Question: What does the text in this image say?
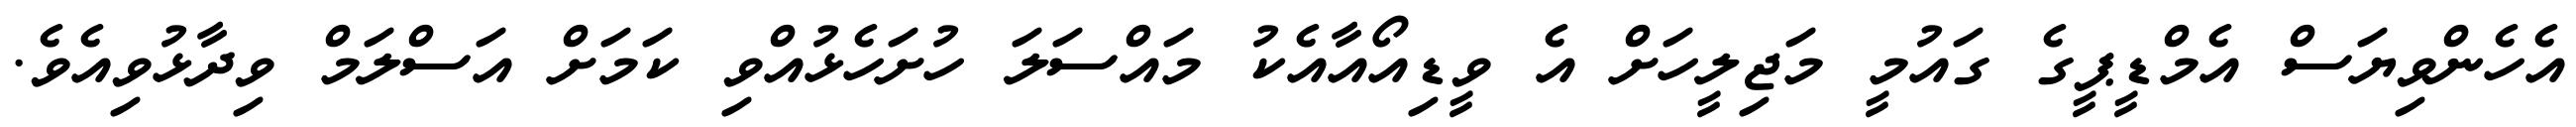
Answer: އެހެންވިޔަސް އެމްޑީޕީގެ ގައުމީ މަޖިލީހަށް އެ ވީޑިއޯއާއެކު މައްސަލަ ހުށަހެޅުއްވި ކަމަށް އަސްލަމް ވިދާޅުވިއެވެ.